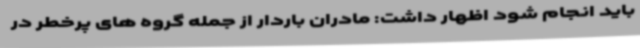
باید انجام شود اظهار داشت: مادران باردار از جمله گروه های پرخطر در